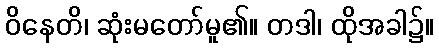
ဝိနေတိ၊ ဆုံးမတော်မူ၏။ တဒါ၊ ထိုအခါ၌။